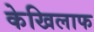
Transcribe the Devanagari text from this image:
केखिलाफ